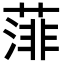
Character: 𦸪